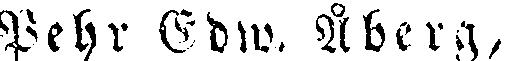
Pehr Edw. Åberg,